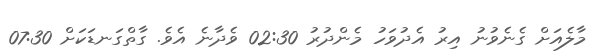
މާލެއަށް ގެނެވުނު އިރު އެދުވަހު މެންދުރު 02:30 ވެދާނެ އެވެ. ގާތްގަނޑަކަށް 07:30